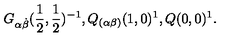
G _ { \alpha \dot { \beta } } ( \frac { 1 } { 2 } , \frac { 1 } { 2 } ) ^ { - 1 } , Q _ { ( \alpha \beta ) } ( 1 , 0 ) ^ { 1 } , Q ( 0 , 0 ) ^ { 1 } .